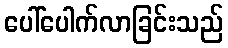
ပေါ်ပေါက်လာခြင်းသည်